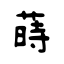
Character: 蒔